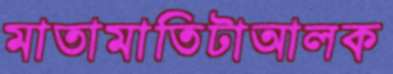
মাতামাতিটাআলক